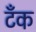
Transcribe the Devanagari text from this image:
टॅँक